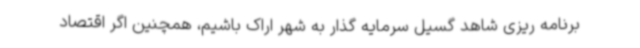
برنامه ریزی شاهد گسیل سرمایه گذار به شهر اراک باشیم، همچنین اگر اقتصاد